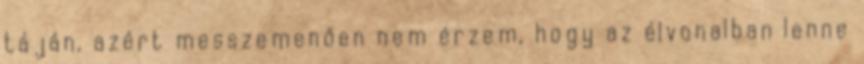
táján, azért messzemenően nem érzem, hogy az élvonalban lenne